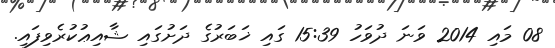
08 މައި 2014 ވަނަ ދުވަހު 15:39 ގައި ޚަބަރުގެ ދަށުގައި ޝާއިޢުކުރެވިފައި.